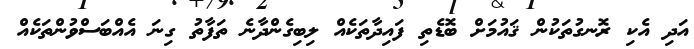
އަދި އެކި ރޮނގުތަކުން ޤައުމަށް ބޮޑެތި ފައިދާތަކެއް ލިބިގެންދާނެ ތަފާތު ގިނަ އެއްބަސްވުންތަކެއް